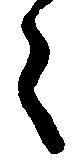
え